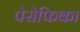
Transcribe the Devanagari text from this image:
पेसेफिका